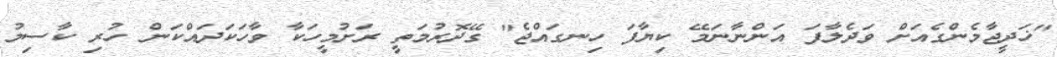
"ޚަދީޖާމެންގެއަށް ވަދެލާފަ އަންނާނަމޭ ކިޔާފަ ހިނގައްޖެ" ގޭދޮރުމަތީ ރަށުމީހަކާ ވާހަކަދައްކަން ހުރި ކާސިމު